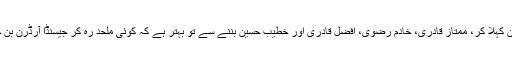
مسلمان کہلا کر، ممتاز قادری، خادم رضوی، افضل قادری اور خطیب حسین بننے سے تو بہتر ہے کہ کوئی ملحد رہ کر جیسنڈا آرڈرن بن جائے۔